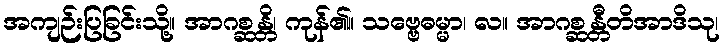
အကျဉ်းပြခြင်းသို့။ အာဂစ္ဆန္တိ၊ ကုန်၏။ သဗ္ဗေဓမ္မာ၊ လ။ အာဂစ္ဆန္တီတိအာဒိသု၊